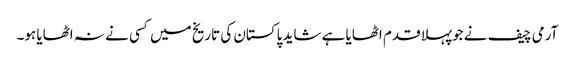
آرمی چیف نے جوپہلا قدم اٹھایا ہے شاید پاکستان کی تاریخ میں کسی نے نہ اٹھایا ہو۔